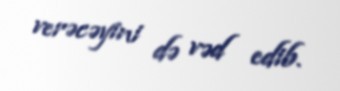
verəcəyini də vəd edib.